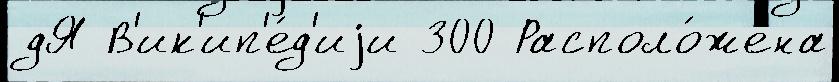
дЯ В'ик'ип'е́д'иjи 300 Располо́жена